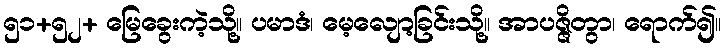
၅၁+၅၂+ မြေခွေးကဲ့သို့။ ပမာဒံ၊ မေ့လျော့ခြင်းသို့။ အာပဇ္ဇိတွာ၊ ရောက်၍။